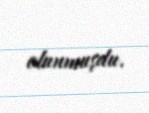
olunmuşdu.